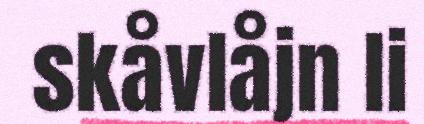
skåvlåjn li